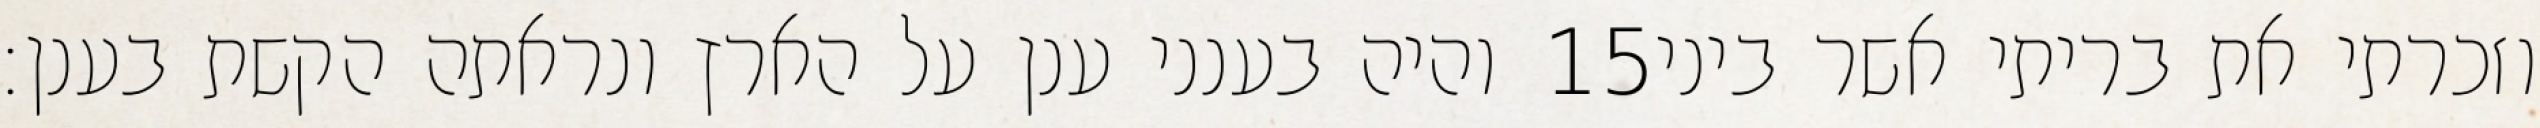
והיה בענני ענן על הארץ ונראתה הקשת בענן׃ ‎15‏ וזכרתי את בריתי אשר ביני